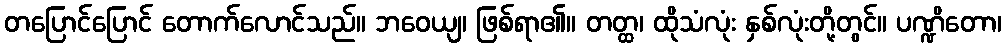
တပြောင်ပြောင် တောက်လောင်သည်။ ဘဝေယျ၊ ဖြစ်ရာ၏။ တတ္ထ၊ ထိုသံလုံး နှစ်လုံးတို့တွင်။ ပဏ္ဍိတော၊